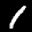
Digit: 1